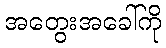
အတွေးအခေါ်ကို